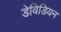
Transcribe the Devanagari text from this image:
डेविडियन